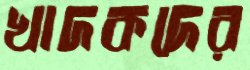
খাদকদের